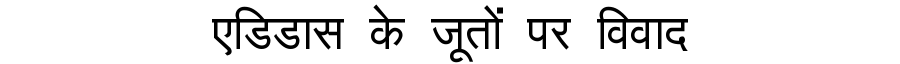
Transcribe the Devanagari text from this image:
एडिडास के जूतों पर विवाद